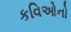
કવિઓનો